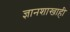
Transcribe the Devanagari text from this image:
ज्ञानशाखाही